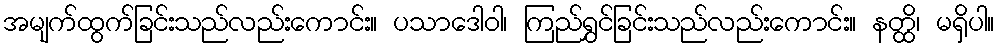
အမျက်ထွက်ခြင်းသည်လည်းကောင်း။ ပသာဒေါဝါ၊ ကြည်ရွှင်ခြင်းသည်လည်းကောင်း။ နတ္ထိ၊ မရှိပါ။